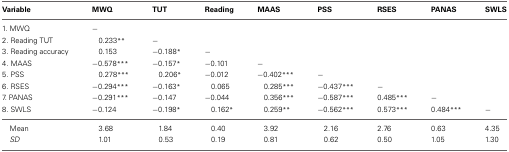
| Variable | MWQ | TUT | Reading | MAAS | PSS | RSES | PANAS | SWLS |
 | --- | --- | --- | --- | --- | --- | --- | --- | --- |
 | 1. MWQ | − |  |  |  |  |  |  |  |
 | 2. Reading TUT | 0.233** | − |  |  |  |  |  |  |
 | 3. Reading accuracy | 0.153 | −0.188* | − |  |  |  |  |  |
 | 4. MAAS | −0.578*** | −0.157* | −0.101 | − |  |  |  |  |
 | 5. PSS | 0.278*** | 0.206* | −0.012 | −0.402*** | − |  |  |  |
 | 6. RSES | −0.294*** | −0.163* | 0.065 | 0.285*** | −0.437*** | − |  |  |
 | 7. PANAS | −0.291*** | −0.147 | −0.044 | 0.356*** | −0.587*** | 0.485*** | − |  |
 | 8. SWLS | −0.124 | −0.198* | 0.162* | 0.259** | −0.562*** | 0.573*** | 0.484*** | − |
 | Mean | 3.68 | 1.84 | 0.40 | 3.92 | 2.16 | 2.76 | 0.63 | 4.35 |
 | SD | 1.01 | 0.53 | 0.19 | 0.81 | 0.62 | 0.50 | 1.05 | 1.30 |